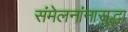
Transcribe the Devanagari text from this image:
संमेलनांनासुद्धा